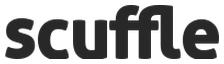
SCUFFLE